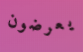
يعرضون